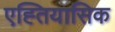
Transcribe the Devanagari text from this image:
एह्तियासिक